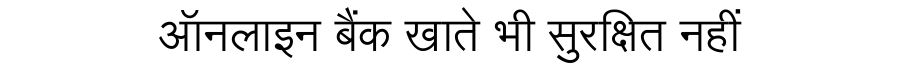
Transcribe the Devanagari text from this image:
ऑनलाइन बैंक खाते भी सुरक्षित नहीं